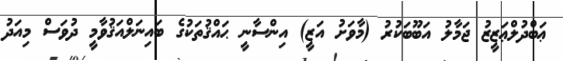
ޢަބްދުލްޢަޒީޒު ޖަމާލު އަބޫބަކުރު (މާވަށު އަޒީ) އިންސާނީ ޙައްޤުތަކުގެ ބައިނަލްއަޤުވާމީ ދުވަސް މިއަދު